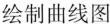
绘制曲线图